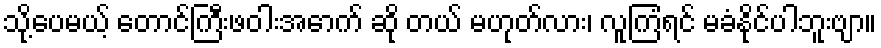
သို့ပေမယ့် တောင်ကြီးဖဝါးအောက် ဆို တယ် မဟုတ်လား၊ လူကြံရင် မခံနိုင်ပါဘူးဗျာ။